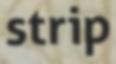
strip